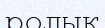
ролық